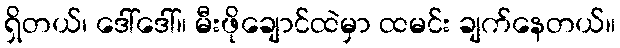
ရှိတယ်၊ ဒေါ်ဒေါ်။ မီးဖိုချောင်ထဲမှာ ထမင်း ချက်နေတယ်။